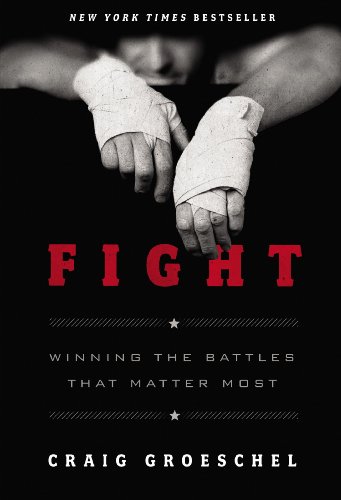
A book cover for Fight: Winning the Battles That Matter Most; Craig Groeschel; Christian Books & Bibles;